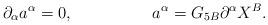
LaTeX: \begin{align*}{\partial_\alpha} a^\alpha = 0,\hspace{20mm} {a^\alpha} = G_{5B} \partial^\alpha X^B .\end{align*}